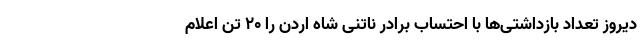
دیروز تعداد بازداشتی‌ها با احتساب برادر ناتنی شاه اردن را ۲۰ تن اعلام